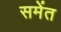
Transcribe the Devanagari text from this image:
समेंत